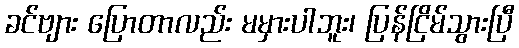
ခင်ဗျား ပြောတာလည်း မမှားပါဘူး၊ ပြန်ငြိမ်သွားပြီ